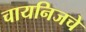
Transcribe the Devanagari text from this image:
चायनिजचे